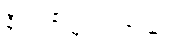
နီးပါးပို များပါတယ်။